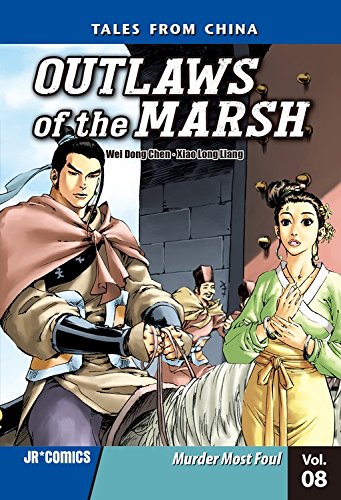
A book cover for Outlaws of the Marsh 8: Murder Most Foul; Wei Dong Chen; Teen & Young Adult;